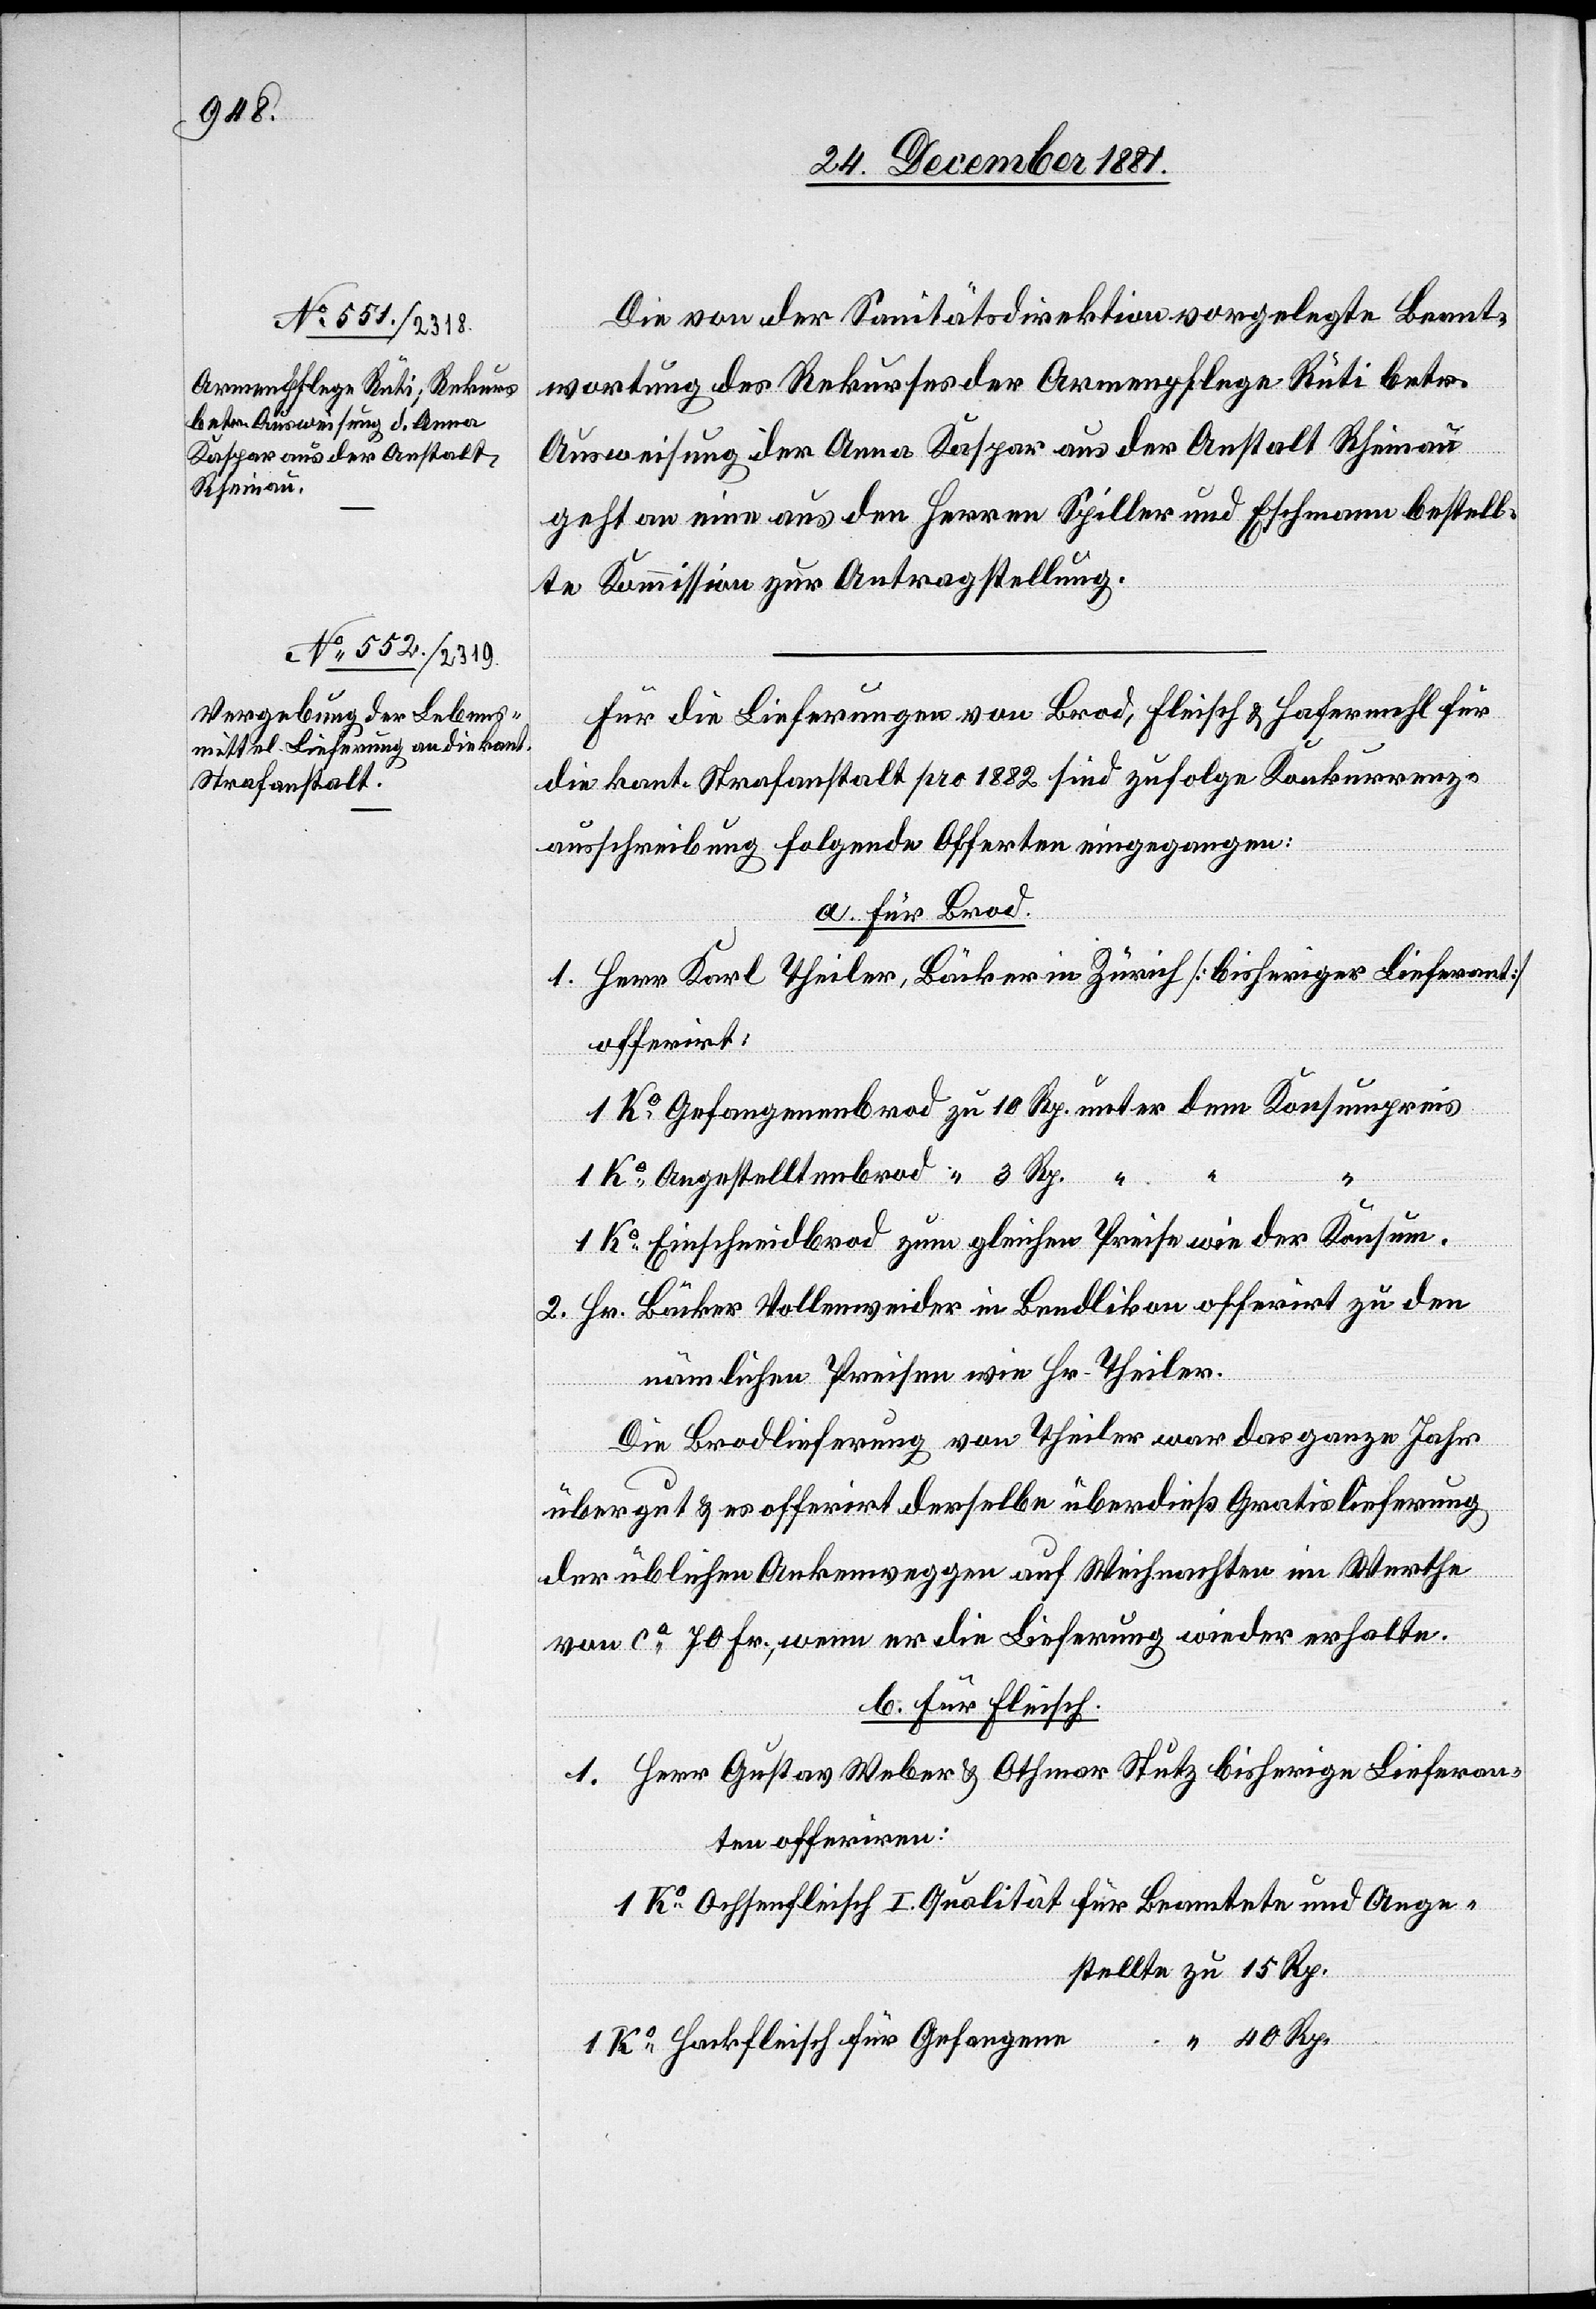
Die von der Sanitätsdirektion vorgelegte Beant¬
wortung des Rekurses der Armenpflege Rüti betr.
Ausweisung der Anna Kaspar aus der Anstalt Rheinau
geht an eine aus den Herren Spiller und Eschmann bestell¬
te Kommission zur Antragstellung.
Für die Lieferungen von Brod, Fleisch & Hafermehl für
die kant. Strafanstalt pro 1882 sind zufolge Konkurrenz¬
ausschreibung folgende Offerten eingegangen:
a. für Brod.
1. Herr Karl Theiler, Bäcker in Zürich [bisheriger Lieferant]
offerirt:
1 Ko Angestelltenbrod
1 Ko Einschneidbrod zum gleichen Preise wie der Konsum.
2. Hr. Bäcker Vollenweider in Bendlikon offerirt zu den
tellte
nämlichen Preisen wie Hr. Theiler.
Die Brodlieferung von Theiler war das ganze Jahr
über gut & es offerirt derselbe überdieß Gratislieferung
der üblichen Ankenweggen auf Weihnachten im Werthe
von ca 70 Fr., wenn er die Lieferung wieder erhalte.
b. für Fleisch.
1. Herr Gustav Weber & Othmar Stutz bisherige Lieferan¬
ten offeriren:
1 Ko Ochsenfleisch I. Qualität für Beamtete und Anges¬
40 Rp.
1 Ko Hackfleisch für Gefangene